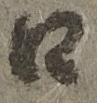
江